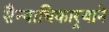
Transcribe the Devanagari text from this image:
सैन्याधिकार्‍याने